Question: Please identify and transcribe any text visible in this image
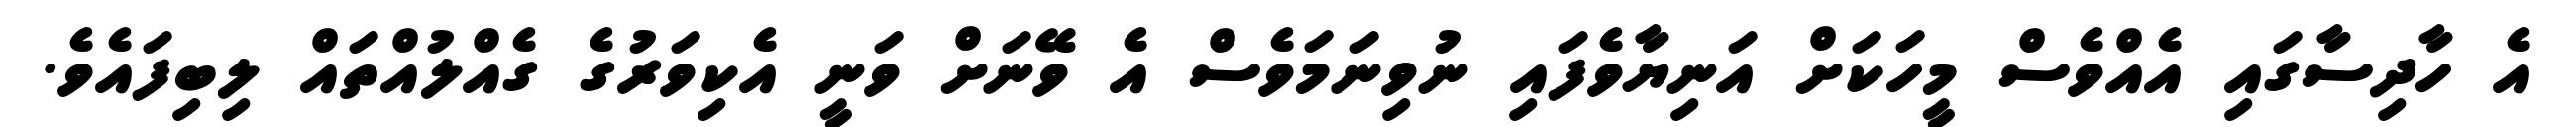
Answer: އެ ހާދިސާގައި އެއްވެސް މީހަކަށް އަނިޔާވެފައި ނުވިނަމަވެސް އެ ވޭނަށް ވަނީ އެކިވަރުގެ ގެއްލުއްތައް ލިބިފައެވެ.